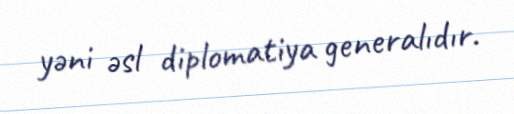
yəni əsl diplomatiya generalıdır.